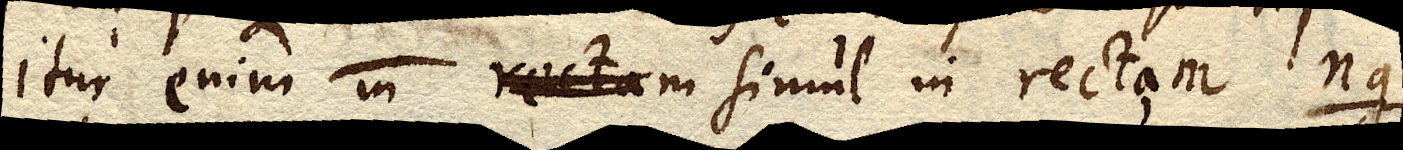
itur enim rectam simul in rectam ng.